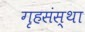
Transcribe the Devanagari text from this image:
गृहसंस्था